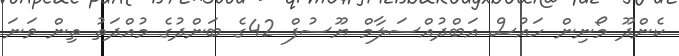
ކެންދޫ މޯނިން ހައުސް އަބްދުއްސަލާމް ޔޫސުފް 42ގެ ބަންދުގެ މުއްދަތު ތިން ވަނަ